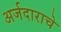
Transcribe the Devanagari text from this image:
अर्जदाराचे